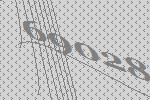
69028